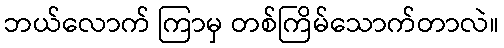
ဘယ်လောက် ကြာမှ တစ်ကြိမ်သောက်တာလဲ။